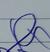
Signature authenticity: genuine